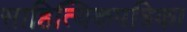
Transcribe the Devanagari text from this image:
साहित्यिकपत्रिका